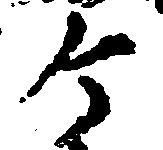
ヶ